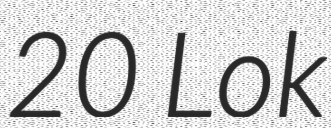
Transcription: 20 Lok